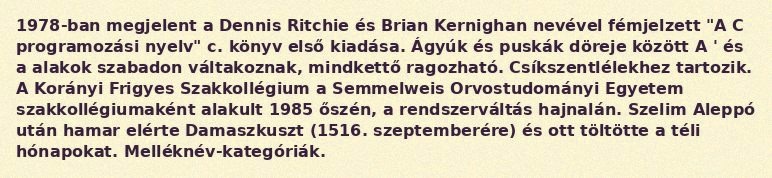
1978-ban megjelent a Dennis Ritchie és Brian Kernighan nevével fémjelzett "A C programozási nyelv" c. könyv első kiadása. Ágyúk és puskák döreje között A ' és a alakok szabadon váltakoznak, mindkettő ragozható. Csíkszentlélekhez tartozik. A Korányi Frigyes Szakkollégium a Semmelweis Orvostudományi Egyetem szakkollégiumaként alakult 1985 őszén, a rendszerváltás hajnalán. Szelim Aleppó után hamar elérte Damaszkuszt (1516. szeptemberére) és ott töltötte a téli hónapokat. Melléknév-kategóriák.